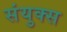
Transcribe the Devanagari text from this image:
संयुक्स